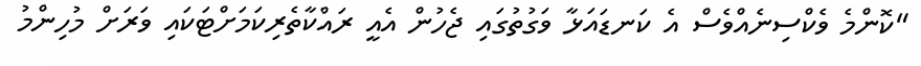
"ކޮންމެ ވެކްސިނެއްވެސް އެ ކަނޑައަޅާ ވަގުތުގައި ޖެހުން އެއީ ރައްކާތެރިކަމަށްޓަކައި ވަރަށް މުހިންމު